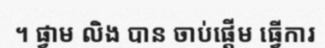
។ ផ្វាម លិង បាន ចាប់ផ្តើម ធ្វើការ